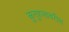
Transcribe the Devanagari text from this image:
कुतूहलावरील